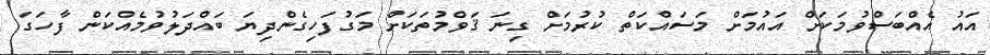
އައު އެއްބަސްވުމަކަށް އައުމަށް މަސައްކަތް ކުރުމަށް ގިނަ ޤަވްމުތަކަށް މަގުފަހިގެންދިޔަ ބައްދަލުވުމެއްކަން ފާހަގަ